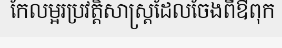
កែលម្អរប្រវត្តិសាស្ត្រដែលចែងពីឳពុក